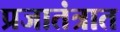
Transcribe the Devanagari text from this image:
प्रजातंत्रात